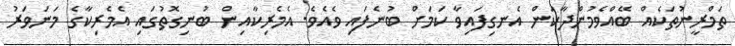
ތަމްރީނުތަކެއް ބޭއްވެމުންދާކަން އެނގިފައިވާ ކަމަށް ބުނެފައި ވެއެވެ. އެމެރިކާއިން ބުނިގޮތުގައި އެމެރިކާގެ މަނަވަރު